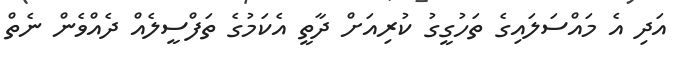
އަދި އެ މައްސަލައިގެ ތަހުގީގު ކުރިއަށް ދާތީ އެކަމުގެ ތަފްސީލެއް ދެއްވެން ނެތް